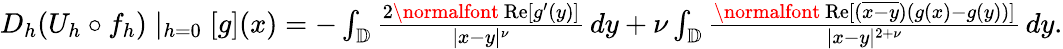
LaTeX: \begin{array}{r}{D_{h}(U_{h}\circ f_{h})\mid_{h=0}[g](x)=-\int_{\mathbb{D}}\frac{2\mathrm{\normalfont~Re}[g^{\prime}(y)]}{|x-y|^{\nu}}\, dy+\nu\int_{\mathbb{D}}\frac{\mathrm{\normalfont~Re}[(\overline{{x-y}})(g(x)-g(y))]}{|x-y|^{2+\nu}}\, dy.}\end{array}